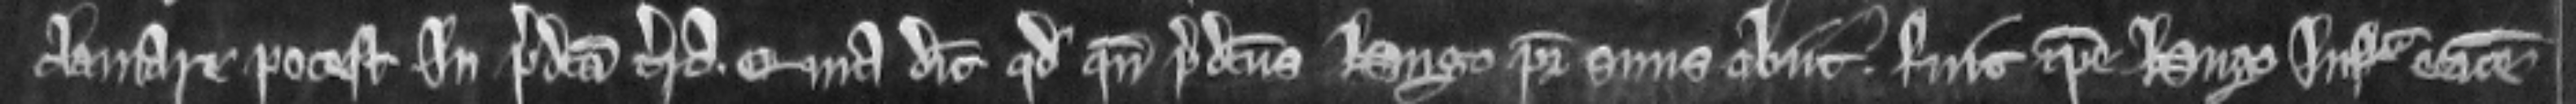
clamare potest in predicta terra quia dicit quod quando predictus Hugo pater suus obit. fuit ipse Hugo infra etatem